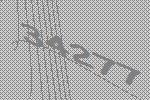
34277